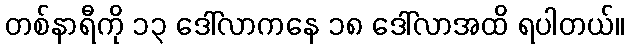
တစ်နာရီကို ၁၃ ဒေါ်လာကနေ ၁၈ ဒေါ်လာအထိ ရပါတယ်။